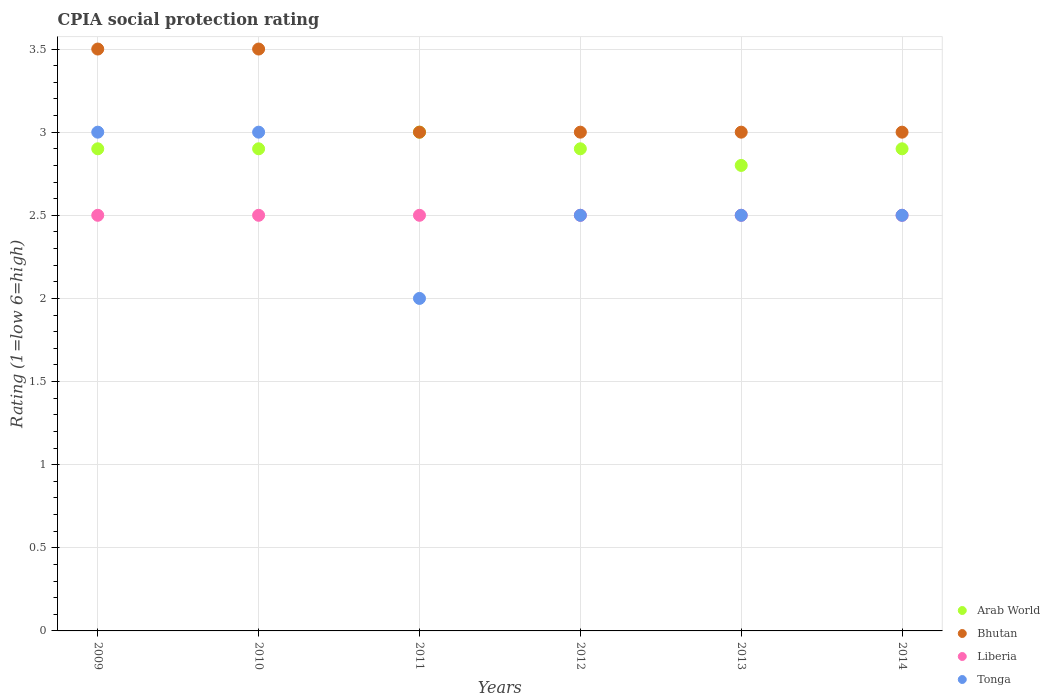
| Years | Arab World | Bhutan | Liberia | Tonga |
 | --- | --- | --- | --- | --- |
 | 2009 | 2.9 | 3.5 | 2.5 | 3 |
 | 2010 | 2.9 | 3.5 | 2.5 | 3 |
 | 2011 | 3 | 3 | 2.5 | 2 |
 | 2012 | 2.9 | 3 | 2.5 | 2.5 |
 | 2013 | 2.8 | 3 | 2.5 | 2.5 |
 | 2014 | 2.9 | 3 | 2.5 | 2.5 |